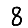
Digit: 8